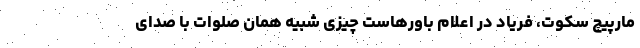
مارپیچ سکوت، فریاد در اعلام باورهاست چیزی شبیه همان صلوات با صدای